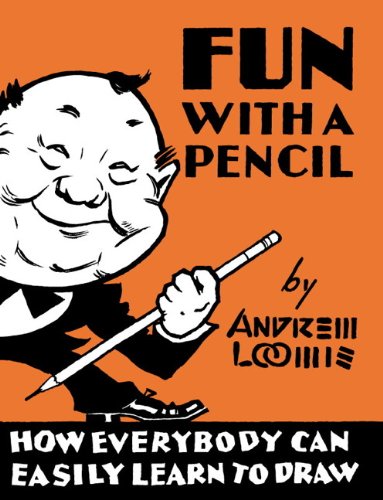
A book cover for Fun With A Pencil; Andrew Loomis; Arts & Photography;